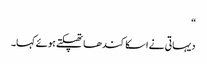
“
دیہاتی نے اسکا کندھا تھپکتے ہوئے کہا۔